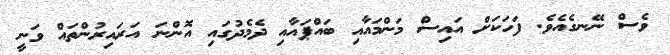
ވެސް ނޭނގެއެވެ. ފަހަކަށް އައިސް މަންމައާއި ބައްޕައާއި ދެމެދުގައި އޮންނަ އަރައިރުންތައް ވަނީ